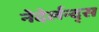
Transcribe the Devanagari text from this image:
नेदेर्लन्द्स